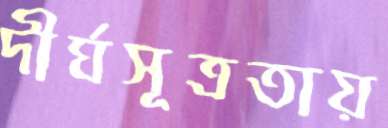
দীর্ঘসূত্রতায়